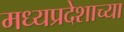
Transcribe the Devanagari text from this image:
मध्यप्रदेशाच्या